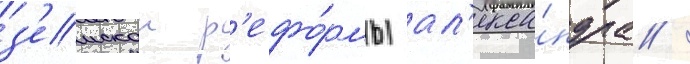
з'емскои р'ефо́рмы ал'екса́ндра /